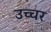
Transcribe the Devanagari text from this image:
उच्चर